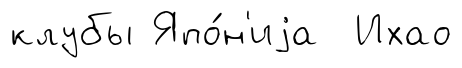
клубы Япо́н'иjа Ихао